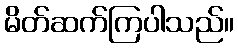
မိတ်ဆက်ကြပါသည်။